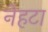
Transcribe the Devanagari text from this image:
नेहटा